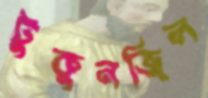
টুকুনজিল